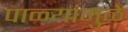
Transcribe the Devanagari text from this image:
पाळ्यांमुळे